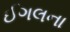
ઈગલના